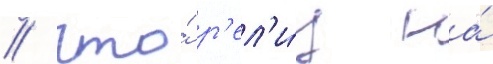
/ что́ р'ел'и́з на́